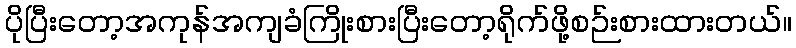
ပိုပြီးတော့အကုန်အကျခံကြိုးစားပြီးတော့ရိုက်ဖို့စဉ်းစားထားတယ်။